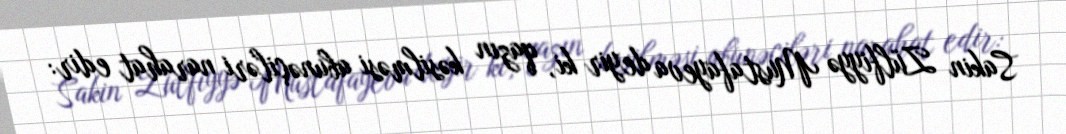
Sakin Zülfiyyə Mustafayeva deyir ki, qazın kəsilməsi abunəçiləri narahat edir: